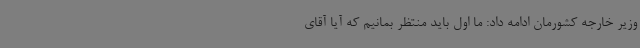
وزیر خارجه کشورمان ادامه داد: ما اول باید منتظر بمانیم که آیا آقای